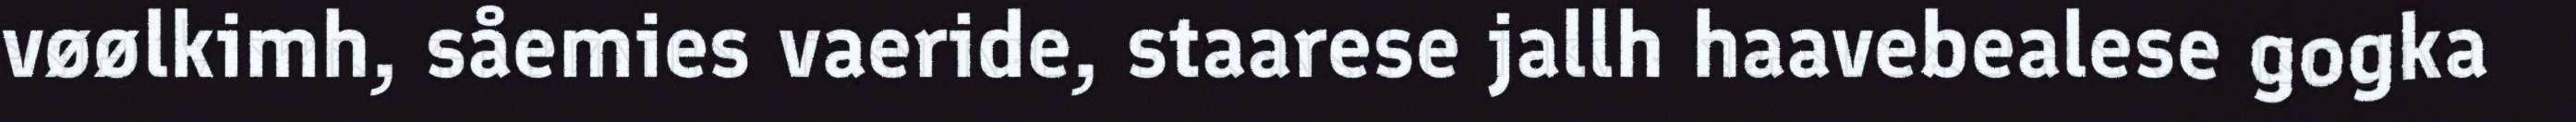
vøølkimh, såemies vaeride, staarese jallh haavebealese gogka